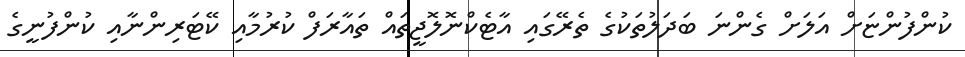
ކުންފުންޏަށް އަލަށް ގެންނަ ބަދަލުތަކުގެ ތެރޭގައި އާޓެކްނޮލޮޖީތައް ތައާރަފް ކުރުމާއި ކޭޓަރިންނާއި ކުންފުނީގެ